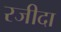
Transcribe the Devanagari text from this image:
रजीदा